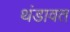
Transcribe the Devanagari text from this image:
थंडावत